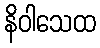
နိဝါသေထ